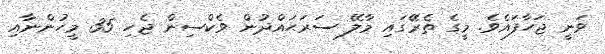
ވަނީ ޖަހާފައެވެ. މީގެ ތެރޭގައި މާލޭ ސަރަޙައްދުން ވެކްސިން ޖެހި 35 މީހުންނާއި